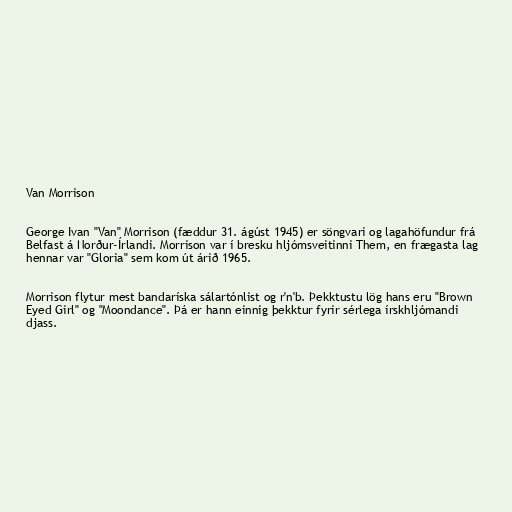
Van Morrison

George Ivan "Van" Morrison (fæddur 31. ágúst 1945) er söngvari og lagahöfundur frá
Belfast á Norður-Írlandi. Morrison var í bresku hljómsveitinni Them, en frægasta lag
hennar var "Gloria" sem kom út árið 1965.

Morrison flytur mest bandaríska sálartónlist og r'n'b. Þekktustu lög hans eru "Brown
Eyed Girl" og "Moondance". Þá er hann einnig þekktur fyrir sérlega írskhljómandi
djass.